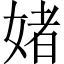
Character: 媎